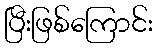
ပြီးဖြစ်ကြောင်း